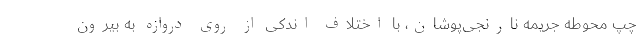
چپ محوطه جریمه نارنجی‌پوشان، با اختلاف اندکی از روی دروازه به بیرون